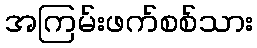
အကြမ်းဖက်စစ်သား